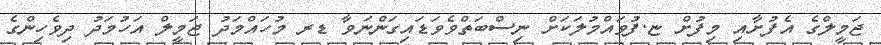
ޖަމީލްގެ އެފުށާއި މިފުށް ޏ.ފުވައްމުލަކަށް ނިސްބަތްވެވަޑައިގަންނަވާ ޑރ މުހައްމަދު ޖަމީލް އަހުމަދު ދިވެހިންގެ